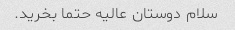
سلام دوستان عالیه حتما بخرید.